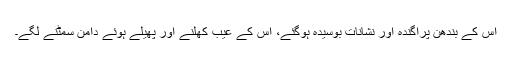
اس کے بندھن پراگندہ اور نشانات بوسیدہ ہوگئے، اس کے عیب کھلنے اور پھیلے ہوئے دامن سمٹنے لگے۔